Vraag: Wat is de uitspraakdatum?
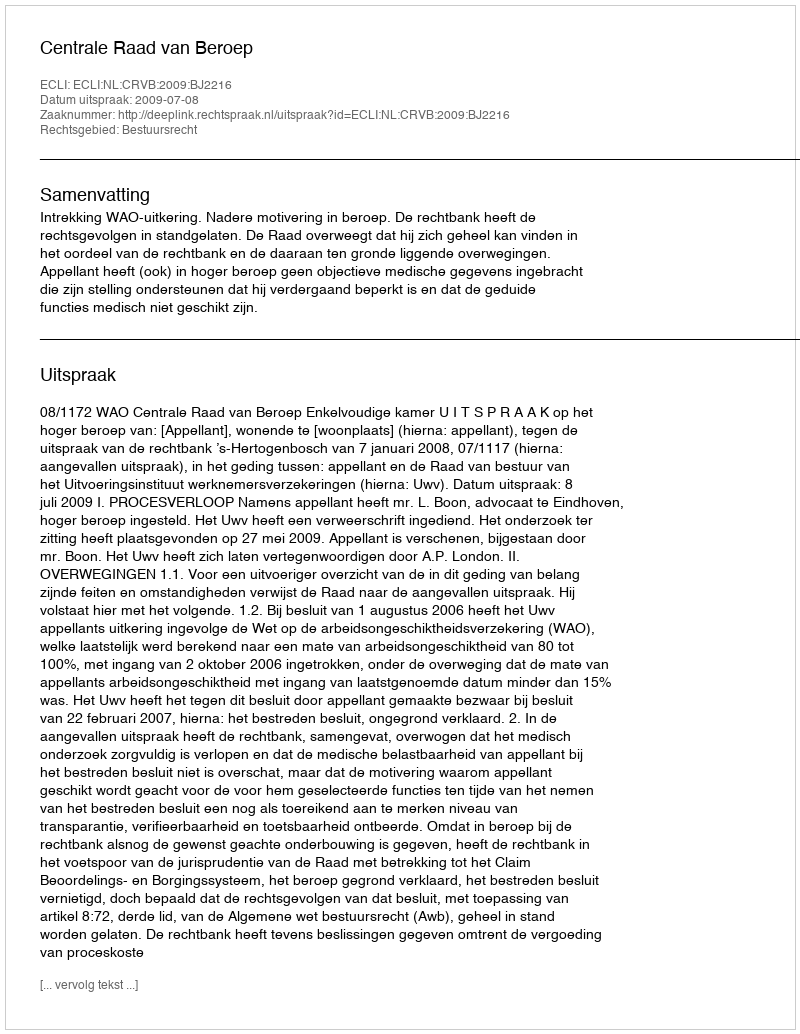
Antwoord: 2009-07-08